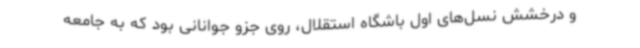
و درخشش نسل‌های اول باشگاه استقلال، روی جزو جوانانی بود که به جامعه